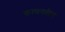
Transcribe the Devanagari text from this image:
काकातीय